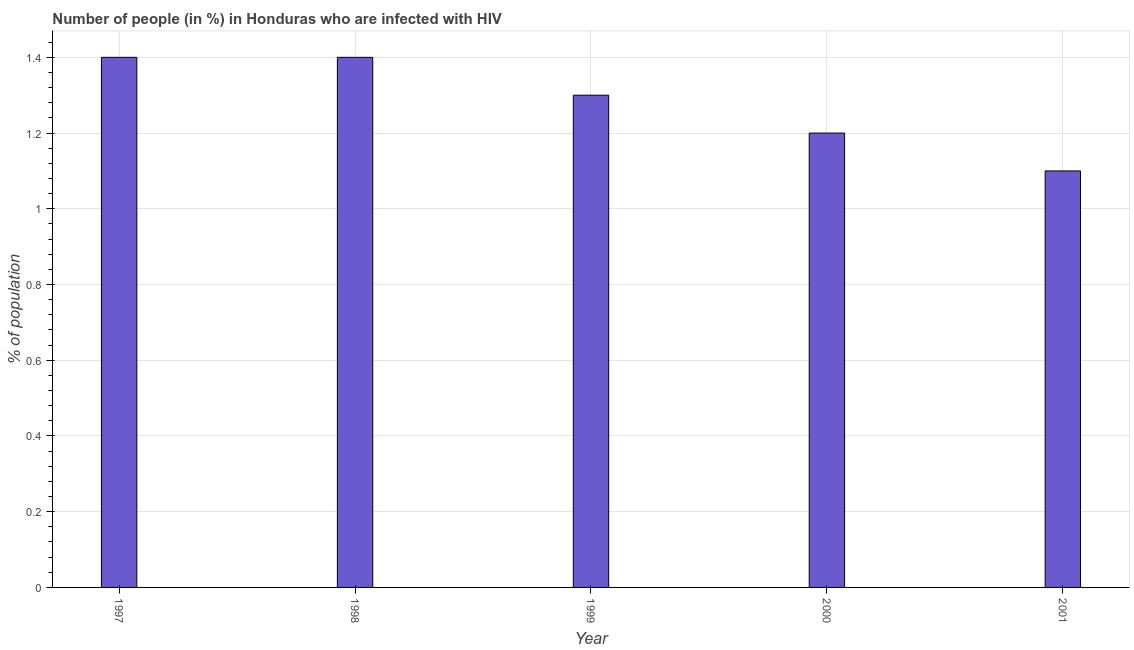
| Year | Infected with HIV |
 | --- | --- |
 | 1997 | 1.4 |
 | 1998 | 1.4 |
 | 1999 | 1.3 |
 | 2000 | 1.2 |
 | 2001 | 1.1 |